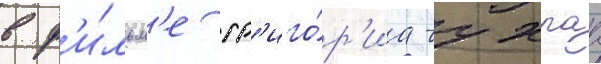
в ф'и́льм'е гр'иго́р'иа чухраа